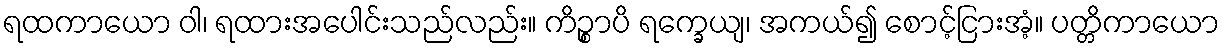
ရထကာယော ဝါ၊ ရထားအပေါင်းသည်လည်း။ ကိဉ္စာပိ ရက္ခေယျ၊ အကယ်၍ စောင့်ငြားအံ့။ ပတ္တိကာယော